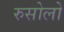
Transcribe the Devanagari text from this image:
रुसोलो